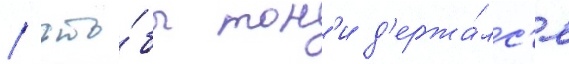
/ что́бы тон'и д'ержа́лс'я